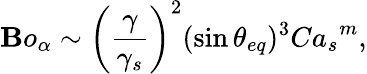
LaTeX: {\mathbf{B}o_{\alpha}}\sim\left(\frac{{\gamma}}{{\gamma_{s}}}\right)^{2}(\sin{\theta_{eq}})^{3}{Ca_{s}}^{m},